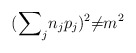
\begin{align*}({{\sum}_{j}n_{j}p_{j}})^{2}{\neq}m^{2}\end{align*}